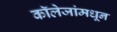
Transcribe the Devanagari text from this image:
कॉलेजांमधून